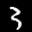
Digit: 3